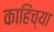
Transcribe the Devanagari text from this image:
काहिंच्या